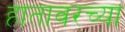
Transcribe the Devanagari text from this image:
हातावरच्या